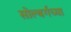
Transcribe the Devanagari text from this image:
सोल्बर्गच्या